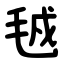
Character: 㲓